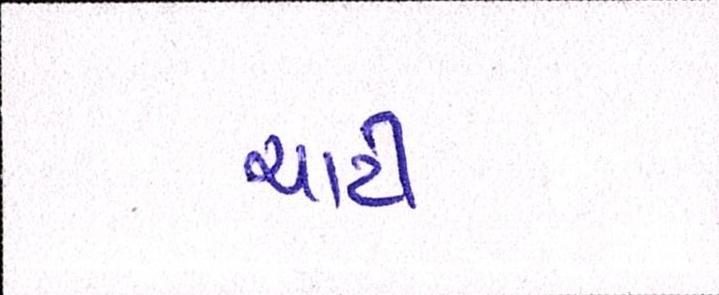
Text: ચાટી